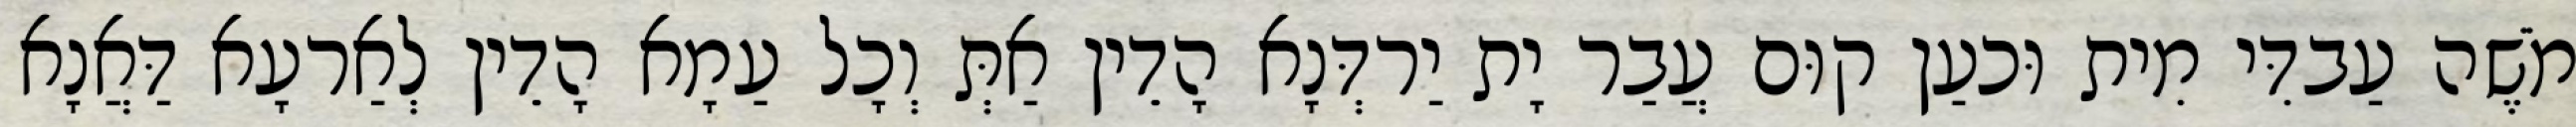
מֹשֶׁה עַבדִּי מִית וּכעַן קוּם עֲבַר יָת יַרדְּנָא הָדֵין אַתְּ וְכָל עַמָא הָדֵין לְאַרעָא דַּאֲנָא